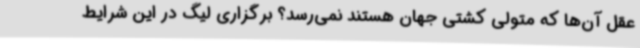
عقل آن‌ها که متولی کشتی جهان هستند نمی‌رسد؟ برگزاری لیگ در این شرایط